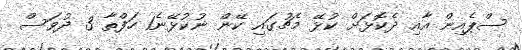
ސްޕެއިން އާއި ދެކޮޅަށް ކުޅޭ މެޗުގައި ކޭން ނުކުޅޭނެ1 ހަފްތާ 3 ދުވަސް